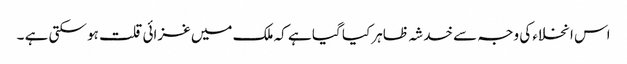
اس انخلاء کی وجہ سے خدشہ ظاہر کیا گیا ہے کہ ملک میں غزائی قلت ہو سکتی ہے ۔